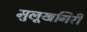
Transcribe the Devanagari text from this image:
मुलूखगिरी